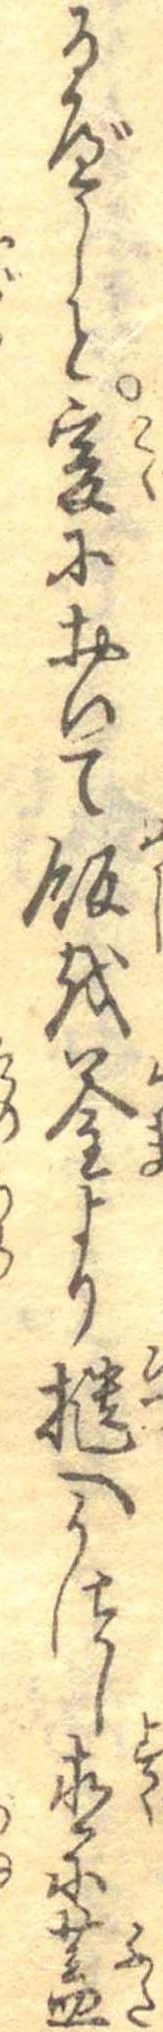
るべしと爰において飯を釜より櫃へうつし直に蓋